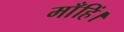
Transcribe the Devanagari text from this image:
माँहिं।